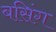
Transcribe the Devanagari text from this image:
बसिंग